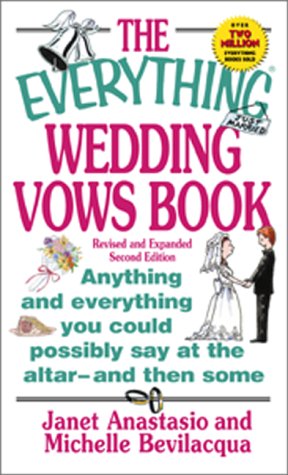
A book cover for The Everything Wedding Vows Book: Anything and Everything You Could Possibly Say at the Altar-And Then Some (Everything (Weddings)); Janet Anastasio; Crafts, Hobbies & Home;